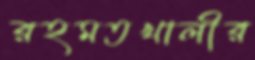
রহমতখালীর